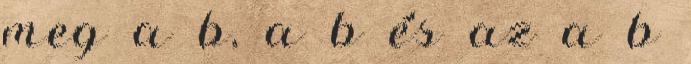
meg a b, a b és az a b